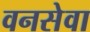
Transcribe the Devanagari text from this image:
वनसेवा